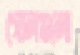
গোলগুলো